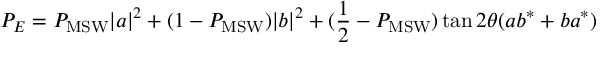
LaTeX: P _ { E } = P _ { \mathrm { M S W } } | a | ^ { 2 } + ( 1 - P _ { \mathrm { M S W } } ) | b | ^ { 2 } + ( { \frac { 1 } { 2 } } - P _ { \mathrm { M S W } } ) \tan 2 \theta ( a b ^ { * } + b a ^ { * } )